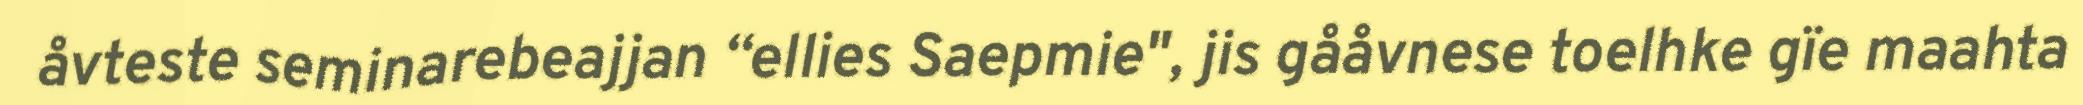
åvteste seminarebeajjan “ellies Saepmie", jis gååvnese toelhke gïe maahta